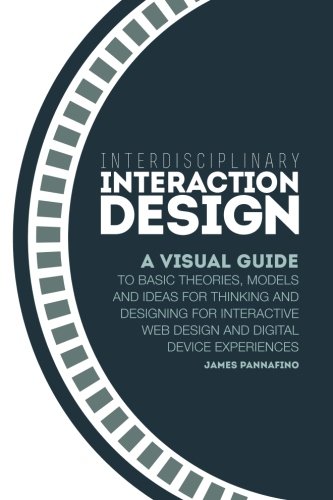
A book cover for Interdisciplinary Interaction Design: A Visual Guide to Basic Theories, Models and Ideas for Thinking and Designing for Interactive Web Design and Digital Device Experiences; James Pannafino; Computers & Technology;